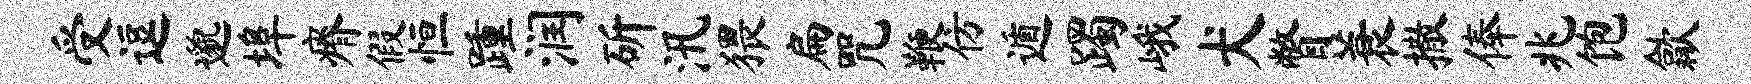
受逗邈埠瘠假恒踵润斫汛猥扁咒鞭仿遁躅峨犬瞥蓑撒俸兆饱歙